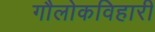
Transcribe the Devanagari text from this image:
गौलोकविहारी